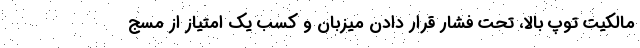
مالکیت توپ بالا، تحت فشار قرار دادن میزبان و کسب یک امتیاز از مسج